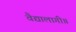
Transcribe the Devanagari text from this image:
वैद्यालागी॥